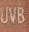
UVB